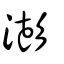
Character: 澎